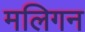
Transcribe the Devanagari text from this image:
मलिगन